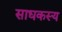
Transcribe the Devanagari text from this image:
साधकस्य